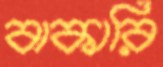
বাকারি